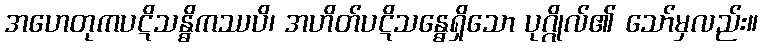
အဟေတုကပဋိသန္ဓိကဿပိ၊ အဟိတ်ပဋိသန္ဓေရှိသော ပုဂ္ဂိုလ်၏ သော်မှလည်း။